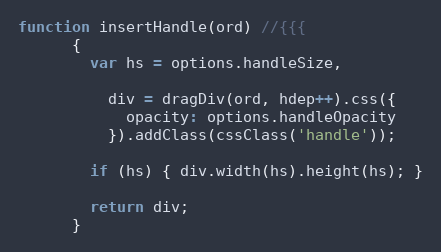
Language: JavaScript
function insertHandle(ord) //{{{
      {
        var hs = options.handleSize,

          div = dragDiv(ord, hdep++).css({
            opacity: options.handleOpacity
          }).addClass(cssClass('handle'));

        if (hs) { div.width(hs).height(hs); }

        return div;
      }